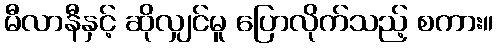
မီလာနီနှင့် ဆိုလျှင်မူ ပြောလိုက်သည့် စကား။